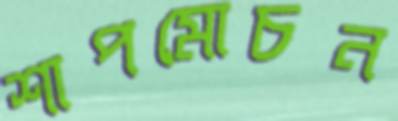
শাপমোচন